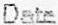
DATE